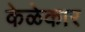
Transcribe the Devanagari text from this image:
केळेकार